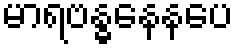
မာရဗန္ဓနေနပေ